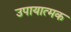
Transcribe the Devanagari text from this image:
उपायात्मक